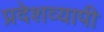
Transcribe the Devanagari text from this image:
प्रदेशव्यापी